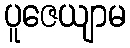
ပူဇေယျာမ